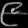
Digit: ၉